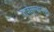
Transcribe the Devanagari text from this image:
राजेसुल्तानपुरी